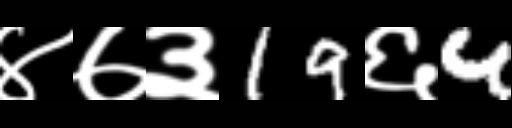
Text: ४७३19६4